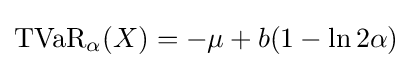
\operatorname {TVaR} _{\alpha }(X)=-\mu +b(1-\ln 2\alpha )